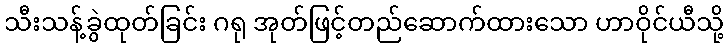
သီးသန့်ခွဲထုတ်ခြင်း ဂရု အုတ်ဖြင့်တည်ဆောက်ထားသော ဟာဝိုင်ယီသို့